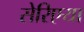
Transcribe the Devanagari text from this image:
सेरिएया